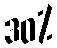
30%